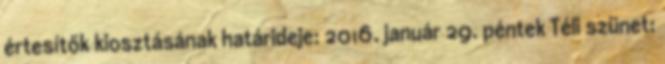
értesítők kiosztásának határideje: 2016. január 29. péntek Téli szünet: